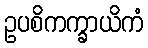
ဥပစိကက္ခာယိကံ